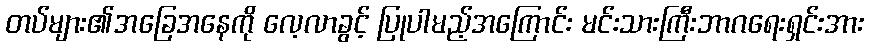
တပ်များ၏အခြေအနေကို လေ့လာခွင့် ပြုပါမည့်အကြောင်း မင်းသားကြီးဘာဂရေးရှင်းအား